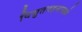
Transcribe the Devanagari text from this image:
विद्युतवहनामध्ये